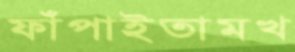
ফাঁপাইতামখ